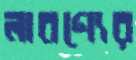
লাবণ্যের